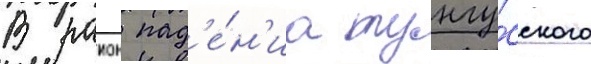
В раион пад'е́н'иа тунгу́сского